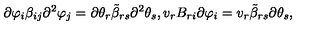
\partial \varphi _ { i } \beta _ { i j } \partial ^ { 2 } \varphi _ { j } = \partial \theta _ { r } { \tilde { \beta } } _ { r s } \partial ^ { 2 } \theta _ { s } , v _ { r } B _ { r i } \partial \varphi _ { i } = v _ { r } { \tilde { \beta } } _ { r s } \partial \theta _ { s } ,